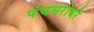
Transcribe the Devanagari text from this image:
पंचसरोवरे